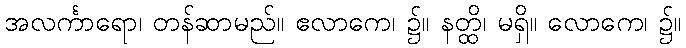
အလင်္ကာရော၊ တန်ဆာမည်။ ဧလာကေ၊ ၌။ နတ္ထိ၊ မရှိ။ လောကေ၊ ၌။